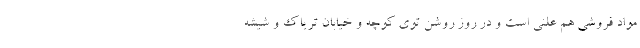
مواد فروشی هم علنی است و در روز روشن توی کوچه و خیابان تریاک و شیشه